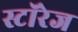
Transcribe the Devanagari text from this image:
स्टॉरेज